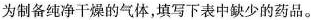
为制备纯净干燥的气体，填写下表中缺少的药品。